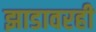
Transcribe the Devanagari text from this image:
झाडावरही